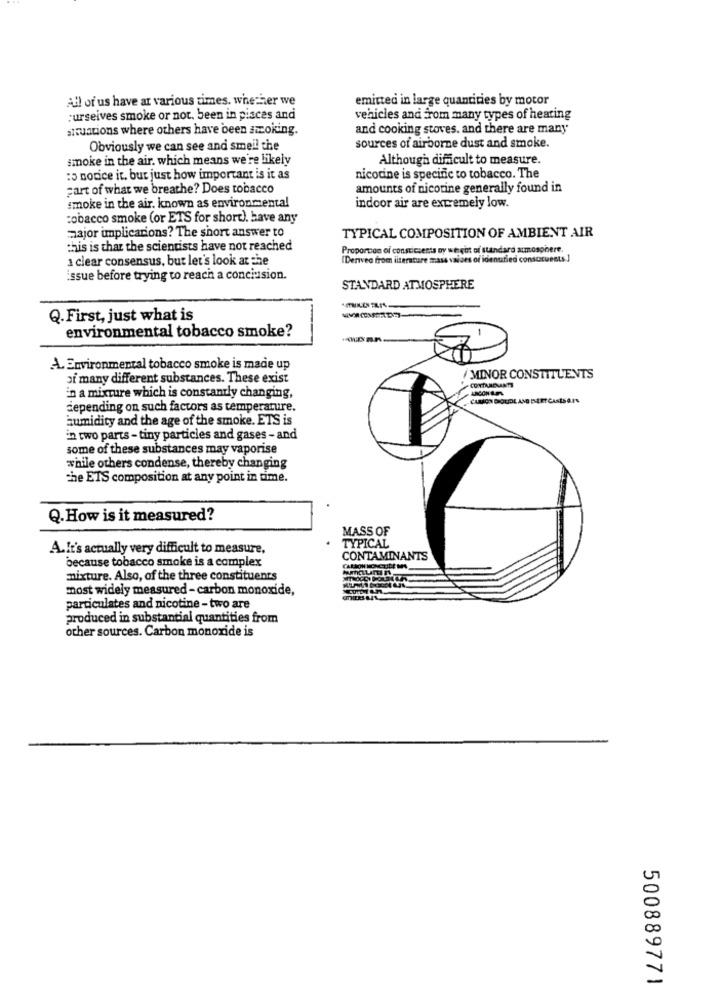
All of us have at various times. whether we
emitted in large quantities by motor
purseives smoke or not. been in pisces and
vehicles and From many types of hearing
situations where others have been smoking.
and cooking stoves, and there are many
Obviously we can see and smell the
sources of airborne dust and smoke.
smoke in the air. which means we're likely
Although difficult to measure.
:5 notice it. but just how important is it as
nicotine is specinic to tobacco. The
part of what we breathe? Does tobacco
amounts of nicotine generally found in
smoke in the air, known as environmental
indoor air are extremely low.
tobacco smoke (or ETS for short), have any
major implications? The short answer to
TYPICAL COMPOSITION OF AMBIENT AIR
this is that the scientists have not reached
Proportion of consticsents oy werebit of standard atmosphere.
1 clear consensus, but let's look at the
(Derived from literature mass values of idenufied conscicuests.]
issue before trying to reach a conclusion.
STANDARD ATMOSPHERE
Q. First, just what is
environmental tobacco smoke?
-
A. Environmental tobacco smoke is made up
oi many different substances. These exist
MINOR CONSTITUENTS
in a mixture which is constantly changing,
depending on such factors as temperature.
humidity and the age of the smoke. ETS is
in two parts - tiny particles and gases - and
some of these substances may vaporise
while others condense, thereby changing
the ETS composition at any point in time.
Q. How is it measured?
MASS OF
A.It's actually very difficult to measure,
TYPICAL
because tobacco smoke is a complex
CONTAMINANTS
mixture. Also, of the three constituents
most widely measured - carbon monoxide,
particulates and nicotine - two are
produced in substantial quantities from
other sources. Carbon monoxide is
500889771